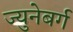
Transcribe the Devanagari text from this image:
ज्युनेबर्ग